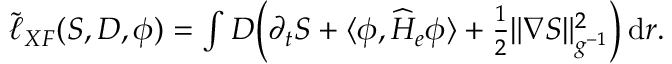
\begin{array} { r } { \tilde { \ell } _ { X F } ( S , D , \phi ) = \int D \Big ( \partial _ { t } S + \langle \phi , \widehat H _ { e } \phi \rangle + \frac { 1 } { 2 } \| \nabla S \| _ { g ^ { - 1 } } ^ { 2 } \Big ) \, \mathrm { d } r . } \end{array}